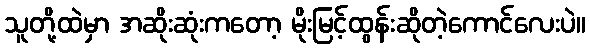
သူတို့ထဲမှာ အဆိုးဆုံးကတော့ မိုးမြင့်ထွန်းဆိုတဲ့ကောင်လေးပဲ။